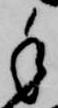
手